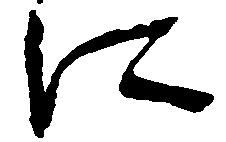
に